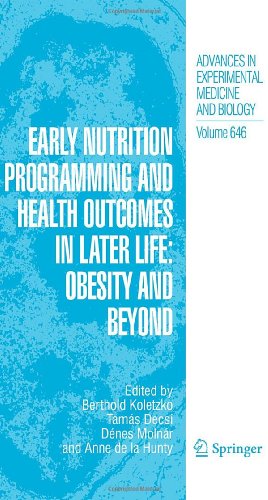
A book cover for Early Nutrition Programming and Health Outcomes in Later Life: Obesity and beyond (Advances in Experimental Medicine and Biology); Health, Fitness & Dieting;